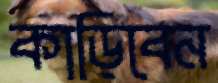
কাড়িবেন